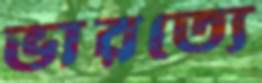
ভারত্যে